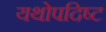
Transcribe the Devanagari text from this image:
यथोपदिष्ट